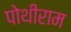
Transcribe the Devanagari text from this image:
पोथीराम